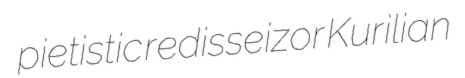
pietistic redisseizor Kurilian